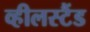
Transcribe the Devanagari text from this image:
व्हीलस्टैंड